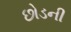
છોડની